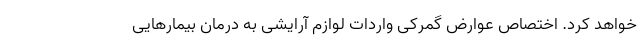
خواهد کرد. اختصاص عوارض گمرکی واردات لوازم آرایشی به درمان بیمارهایی